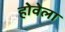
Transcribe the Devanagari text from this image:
होवेला